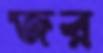
জর